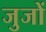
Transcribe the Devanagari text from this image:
जुजों